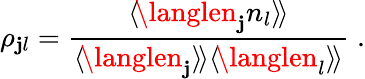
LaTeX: \rho_{\mathbf{j}l}=\frac{{\langle\! \langlen_{\mathbf{j}}n_{l}\rangle\! \rangle}}{{\langle\! \langlen_{\mathbf{j}}\rangle\! \rangle\langle\! \langlen_{l}\rangle\! \rangle}}\; .